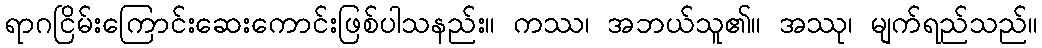
ရာဂငြိမ်းကြောင်းဆေးကောင်းဖြစ်ပါသနည်း။ ကဿ၊ အဘယ်သူ၏။ အဿု၊ မျက်ရည်သည်။